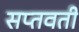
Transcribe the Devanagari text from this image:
सप्तवती